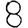
Digit: 8